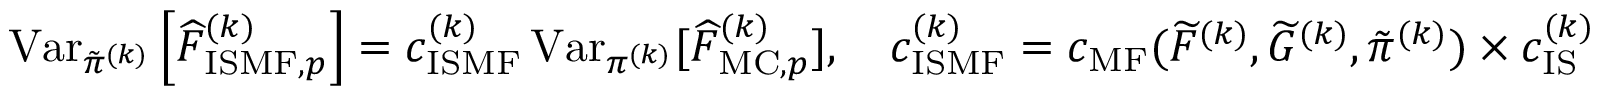
\begin{array} { r } { \operatorname { V a r } _ { \tilde { \pi } ^ { ( k ) } } \left[ \widehat { F } _ { \mathrm { I S M F } , p } ^ { ( k ) } \right] = c _ { \mathrm { I S M F } } ^ { ( k ) } \operatorname { V a r } _ { \pi ^ { ( k ) } } [ \widehat { F } _ { \mathrm { M C } , p } ^ { ( k ) } ] , \quad c _ { \mathrm { I S M F } } ^ { ( k ) } = c _ { \mathrm { M F } } ( \widetilde { F } ^ { ( k ) } , \widetilde { G } ^ { ( k ) } , \tilde { \pi } ^ { ( k ) } ) \times c _ { \mathrm { I S } } ^ { ( k ) } } \end{array}